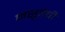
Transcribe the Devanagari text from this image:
मसुरेची